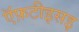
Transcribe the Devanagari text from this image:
ऍफ़टीइसइ